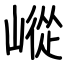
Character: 嵷